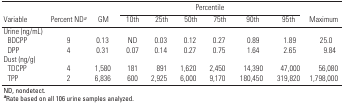
| <ROWSPAN=2> Variable | <ROWSPAN=2> Percent NDa | <ROWSPAN=2> GM | <COLSPAN=6> Percentile | <ROWSPAN=2> Maximum |
 | 10th | 25th | 50th | 75th | 90th | 95th |
 | --- | --- | --- | --- | --- | --- | --- | --- | --- | --- |
 | Urine (ng/mL) |
 | BDCPP | 9 | 0.13 | ND | 0.03 | 0.12 | 0.27 | 0.89 | 1.89 | 25.0 |
 | DPP | 4 | 0.31 | 0.07 | 0.14 | 0.27 | 0.75 | 1.64 | 2.65 | 9.84 |
 | Dust (ng/g) |
 | TDCPP | 4 | 1,580 | 181 | 891 | 1,620 | 2,450 | 14,390 | 47,000 | 56,080 |
 | TPP | 2 | 6,836 | 600 | 2,925 | 6,000 | 9,170 | 180,450 | 319,820 | 1,798,000 |
 | <COLSPAN=10> ND, nondetect. aRate based on all 106 urine samplesanalyzed. |